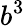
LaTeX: b^{3}